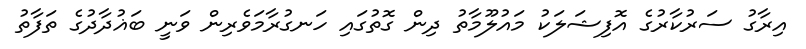
އިރާގު ސަރުކާރުގެ އޮފިޝަލަކު މައުލޫމާތު ދިން ގޮތުގައި ހަނގުރާމަވެރިން ވަނީ ބަޣުދާދުގެ ތަފާތު